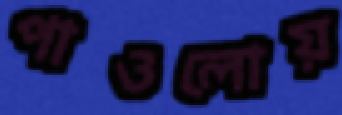
পাওলোয়